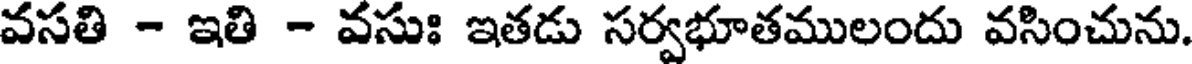
వసతి - ఇతి - వసుః ఇతడు సర్వభూతములందు వసించును.